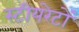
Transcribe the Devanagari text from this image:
स्टीयरेटों